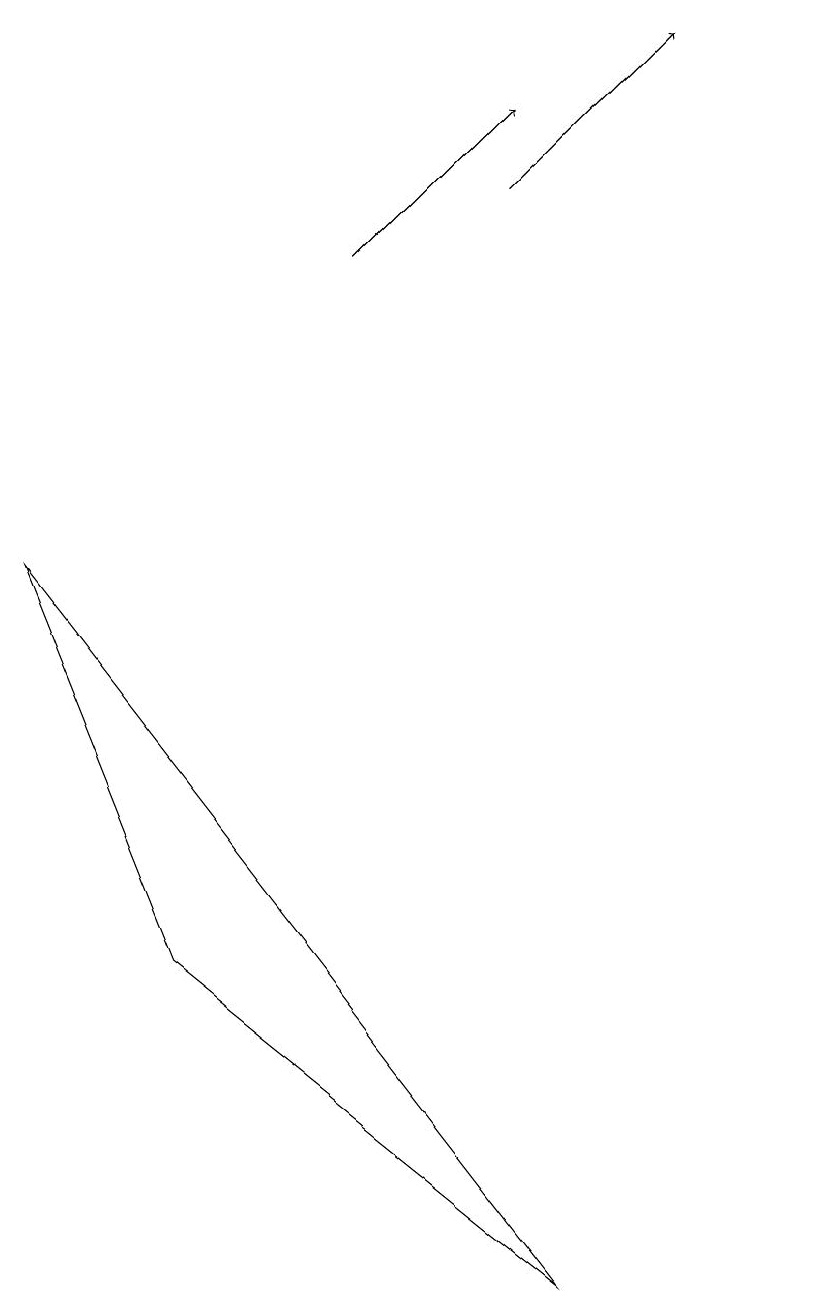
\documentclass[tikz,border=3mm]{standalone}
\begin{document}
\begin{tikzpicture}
\draw[->] (7,14) -- (9,16);
\draw (8,0) -- (1,9) -- (3,4) -- cycle;
\draw (11,11) circle (0);
\draw[->] (5,13) -- (7,15);
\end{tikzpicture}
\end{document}